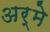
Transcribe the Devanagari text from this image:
अर्मे